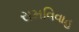
રામવિવાહ